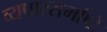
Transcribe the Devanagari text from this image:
व्यपारसमष्टि